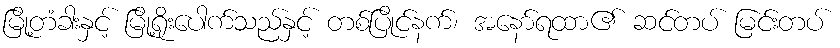
မြို့တံခါးနှင့် မြို့ရိုးပေါက်သည်နှင့် တစ်ပြိုင်နက်၊ အနော်ရထာ၏ ဆင်တပ် မြင်းတပ်